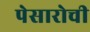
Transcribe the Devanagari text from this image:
पेसारोची